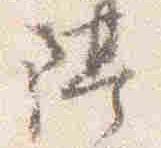
隔